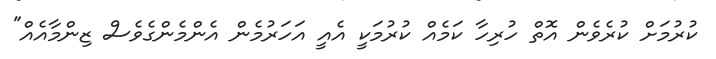
ކުރުމަށް ކުރެވެން އޮތް ހުރިހާ ކަމެއް ކުރުމަކީ އެއީ އަހަރުމެން އެންމެންގެވެސް ޒިންމާއެއް"